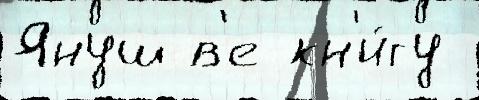
Януш в'е кн'и́гу